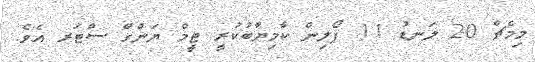
މިމެޗް 20 ލަނޑު 11 ފޯލިން ކާމިޔާބުކުރީ ޓީމް ޔަންގް ސްޓަރ އެވެ.